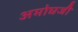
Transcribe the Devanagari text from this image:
अमोघजी